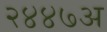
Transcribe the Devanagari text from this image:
२४४७अ